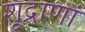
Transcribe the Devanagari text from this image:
शूद्राणां